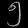
Digit: ၅